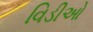
વિડીઓ